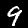
Digit: 9